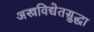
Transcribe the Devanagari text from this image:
अस्त्रविद्येतसुद्धा